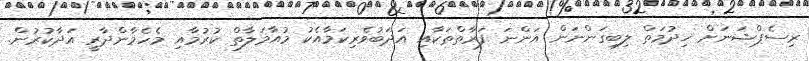
ރިސެޕްޝަނަށް ޚިދުމަތް ލިބިގަންނަން އަންނަ ފަރާތްތަކާއި އަދަބުވެރިކަމާއެކު މުއާމަލާތް ކުރުމާއި މެހެމާންދާރީ އަދާކުރުން.